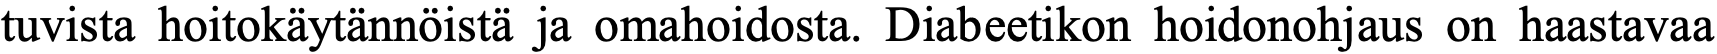
tuvista hoitokäytännöistä ja omahoidosta. Diabeetikon hoidonohjaus on haastavaa